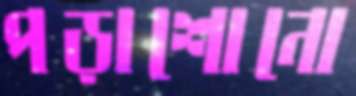
পড়াশোনো